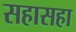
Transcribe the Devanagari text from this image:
सहासहा